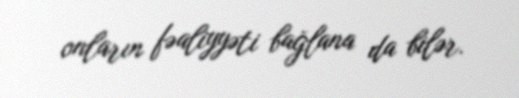
onların fəaliyyəti bağlana da bilər.